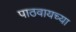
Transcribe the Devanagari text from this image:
पाठवायच्या